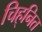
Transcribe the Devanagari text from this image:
चिह्‌नित